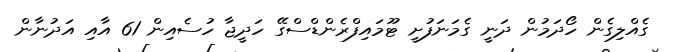
ގެއްލިގެން ހޯދަމުން ދަނީ ގެމަނަފުށީ ޓޫމައިފްރެންޑްސްގޭ ހަދީޖާ ހުސެއިން 61 އާއި އަދުނާން